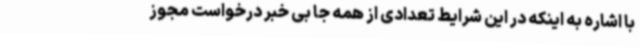
با اشاره به اینکه در این شرایط تعدادی از همه جا بی خبر درخواست مجوز